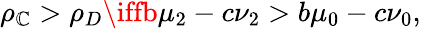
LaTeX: \rho_{\mathbb{C}}>\rho_{D}\iffb\mu_{2}-c\nu_{2}>b\mu_{0}-c\nu_{0},